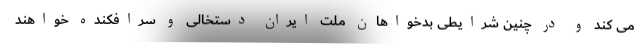
می کند و در چنین شرایطی بدخواهانِ ملت ایران دستخالی و سرافکنده خواهند